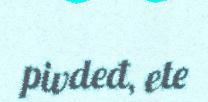
pivdeđ, ete